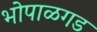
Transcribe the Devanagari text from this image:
भोपाळगड